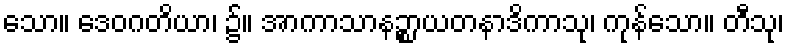
သော။ ဒေဝဂတိယာ၊ ၌။ အာကာသာနဉ္စာယတနာဒိကာသု၊ ကုန်သော။ တီသု၊